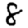
Digit: 8